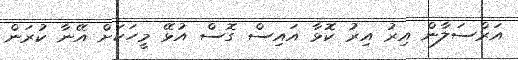
އަރްސަލާން އިރު އިރު ކޮޅާ އައިސް ގޮސް އުޅޭ މީހަކަށް އޭނާ ކުރަން